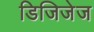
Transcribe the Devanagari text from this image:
डिजिजेज